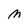
Character: M